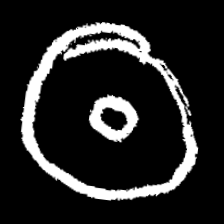
Pyu character \u2014 Myanmar letter: ထ (romanized: tha)